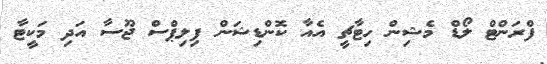
ފްރަންޓް ލޯޑް މެޝިން ހިޓާޗީ އެއާ ކޮންޑިޝަން ފިލިޕްސް ޖޫސާ އަދި މަކީޓާ